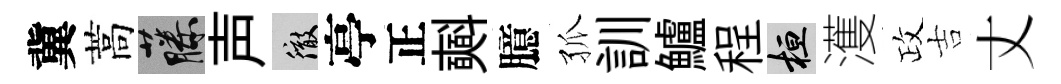
冀蒿藤声徹亭正𣂏臆孤訓鱸程桓濩政吉丈